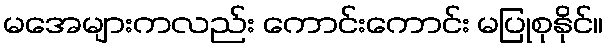
မအေများကလည်း ကောင်းကောင်း မပြုစုနိုင်။